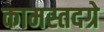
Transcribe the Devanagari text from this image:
कामस्तदग्रे